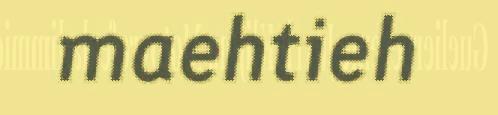
maehtieh